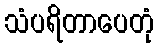
သံပရိတာပေတုံ